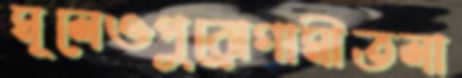
মূলেওপুরোগামীতলা